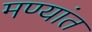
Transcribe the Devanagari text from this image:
मण्यांत